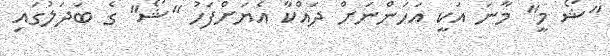
"ޝޯ މީ" މާނަ އަކީ އަހަންނަށް ދައްކާ އެޔަށްފަހު "ޝޯ" ގެ ބަދަލުގައި